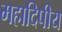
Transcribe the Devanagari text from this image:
महादिपीय